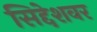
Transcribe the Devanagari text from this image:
सिद्देशवर